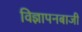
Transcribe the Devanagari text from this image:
विज्ञापनबाजी